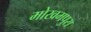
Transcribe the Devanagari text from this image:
मोखमपुरा